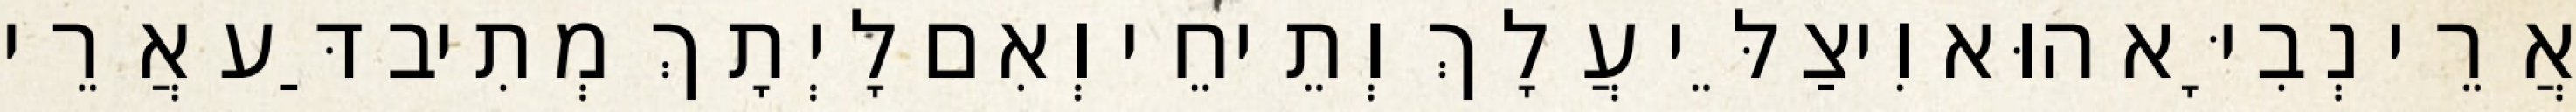
אֲרֵי נְבִיָּא הוּא וִיצַלֵּי עֲלָךְ וְתֵיחֵי וְאִם לָיְתָךְ מְתִיב דַּע אֲרֵי